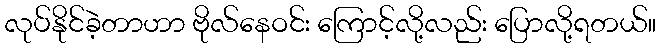
လုပ်နိုင်ခဲ့တာဟာ ဗိုလ်နေဝင်း ကြောင့်လို့လည်း ပြောလို့ရတယ်။